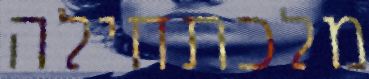
מלכתחילה